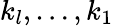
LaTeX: k_{l},\ldots,k_{1}